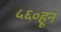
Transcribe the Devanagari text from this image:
५६०हून